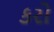
કરો